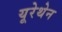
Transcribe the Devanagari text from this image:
यूरेथेन